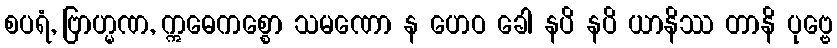
စပရံ, ဗြာဟ္မဏ, ဣဓေကစ္စော သမဏော န ဟေဝ ခေါ နပိ နပိ ယာနိဿ တာနိ ပုဗ္ဗေ